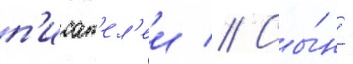
п'исат'ел'еи // Сы́н -